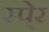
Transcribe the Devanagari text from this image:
स्पे्र